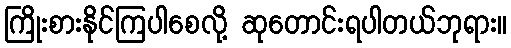
ကြိုးစားနိုင်ကြပါစေလို့ ဆုတောင်းရပါတယ်ဘုရား။